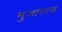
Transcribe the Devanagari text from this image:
मुजावत्स